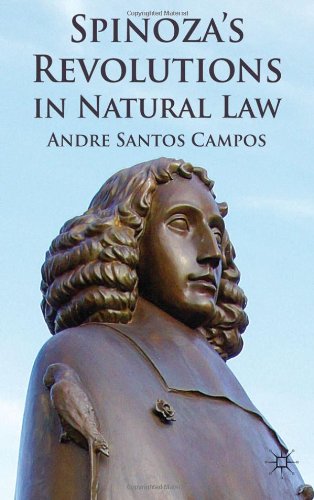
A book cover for Spinoza's Revolutions in Natural Law; Andre Santos Campos; Law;